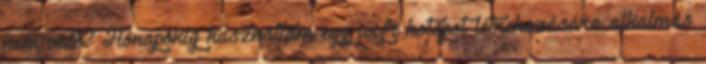
nem való? Hónapokig használtam egy wifi hotspot létrehozására alkalmas